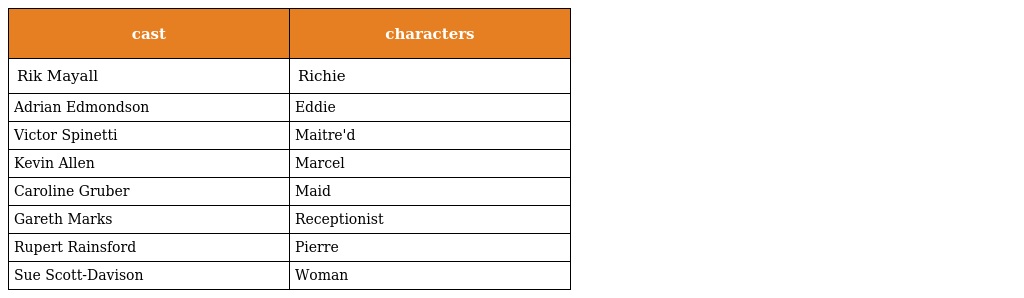
| cast | characters |
 | --- | --- |
 | Rik Mayall | Richie |
 | Adrian Edmondson | Eddie |
 | Victor Spinetti | Maitre'd |
 | Kevin Allen | Marcel |
 | Caroline Gruber | Maid |
 | Gareth Marks | Receptionist |
 | Rupert Rainsford | Pierre |
 | Sue Scott-Davison | Woman |